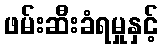
ဖမ်းဆီးခံရမှုနှင့်